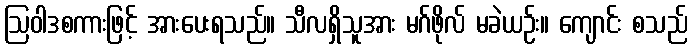
ဩဝါဒစကားဖြင့် အားပေးရသည်။ သီလရှိသူအား မဂ်ဖိုလ် မခဲယဉ်း။ ကျောင်း စသည်